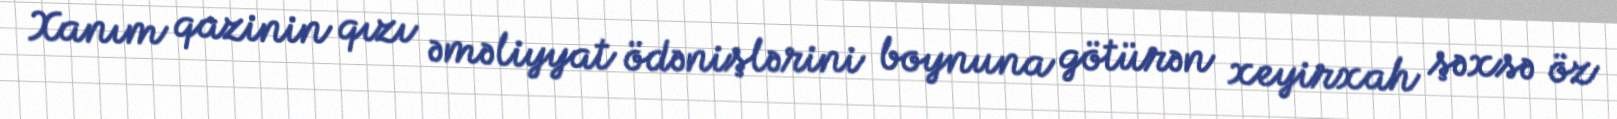
Xanım qazinin qızı əməliyyat ödənişlərini boynuna götürən xeyirxah şəxsə öz